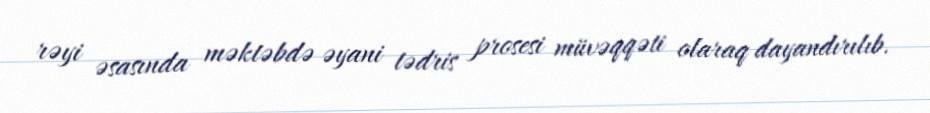
rəyi əsasında məktəbdə əyani tədris prosesi müvəqqəti olaraq dayandırılıb.